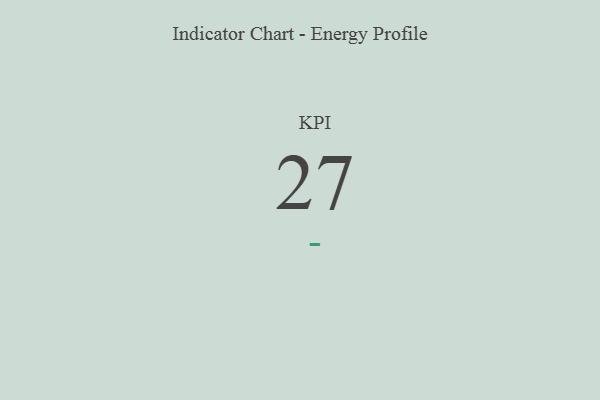
{"axis": {"x": "KPI", "y": "Value"}, "legend": [""], "data": [{"x": "KPI", "y": 27, "type": ""}]}